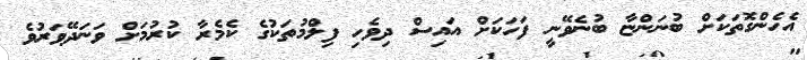
އެހެންގޮތަކަށް ބުނަންޏާ ބުނެވޭނީ ފަހަކަށް އައިސް ދިވެހި ފިލްމުތަކުގެ ކެމެރާ ކުރުމަށް ވަނަދޭވަރުވެ